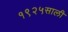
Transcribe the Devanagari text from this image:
१९२५साली